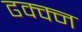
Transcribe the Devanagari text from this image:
ढक्क्न